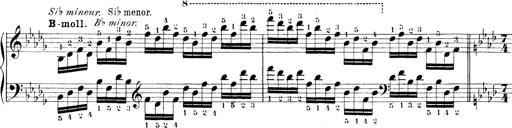
Title: Technische Studien
Composer: Franz Liszt